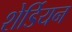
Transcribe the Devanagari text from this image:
शेर्डियन